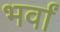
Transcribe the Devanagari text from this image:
भर्वां